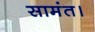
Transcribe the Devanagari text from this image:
सामंत।